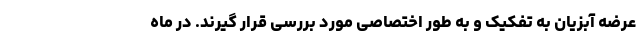
عرضه آبزیان به تفکیک و به طور اختصاصی مورد بررسی قرار گیرند. در ماه